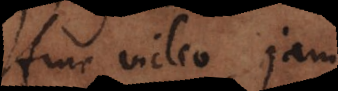
Hinc video jam